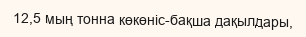
12,5 мың тонна көкөніс-бақша дақылдары,